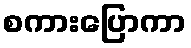
စကားပြောကာ